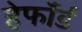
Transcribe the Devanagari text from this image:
हेर्फोर्ड